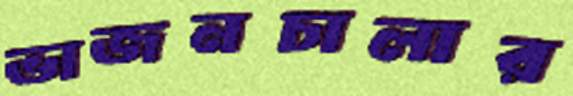
ভাজনচালার